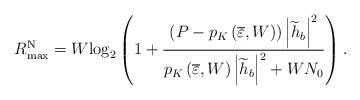
LaTeX: \begin{align*}R_{\max }^{\rm{N}} = W{\log _2}\left( {1 + \frac{{\left( {P - {p_K}\left( {\overline \varepsilon ,W} \right)} \right){{\left| {{{\widetilde h}_b}} \right|}^2}}}{{{p_K}\left( {\overline \varepsilon ,W} \right){{\left| {{{\widetilde h}_b}} \right|}^2} + W{N_0}}}} \right).\end{align*}